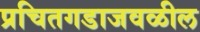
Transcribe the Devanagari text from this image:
प्रचितगडाजवळील